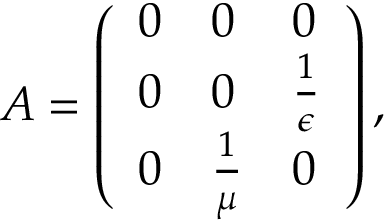
A = \left( { \begin{array} { l l l } { 0 } & { 0 } & { 0 } \\ { 0 } & { 0 } & { { \frac { 1 } { \epsilon } } } \\ { 0 } & { { \frac { 1 } { \mu } } } & { 0 } \end{array} } \right) ,